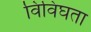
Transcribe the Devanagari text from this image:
विविघता